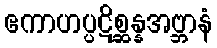
ဧကာဟပ္ပဋိစ္ဆန္နအဗ္ဘာနံ